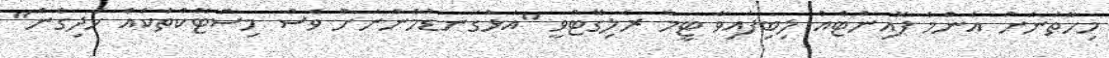
މިހާތަނަށް އެންމެ ޕޮއިންޓެއް ލިބިފައިވާ ޓީމު ރެލިގޭޓްވީ "އަޅުގަނޑުމެންނަށް ވެސް މިސްޓޭކްތަކެއް ހެދިގެން"